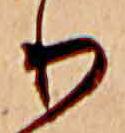
り